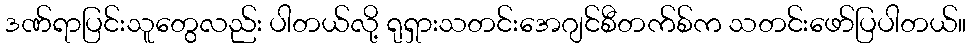
ဒဏ်ရာပြင်းသူတွေလည်း ပါတယ်လို့ ရုရှားသတင်းအေဂျင်စီတက်စ်က သတင်းဖော်ပြပါတယ်။